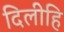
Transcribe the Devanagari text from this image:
दिलीहि